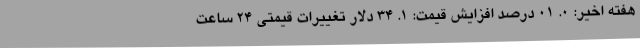
هفته اخیر: ۰. ۰۱ درصد افزایش قیمت: ۱. ۳۴ دلار تغییرات قیمتی ۲۴ ساعت